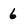
Character: 6